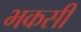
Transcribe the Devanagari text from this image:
भकसी